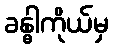
ခန္ဓါကိုယ်မှ